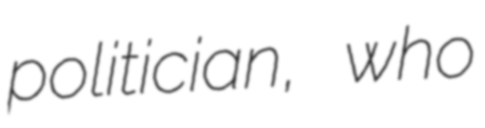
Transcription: politician, who